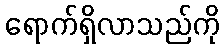
ရောက်ရှိလာသည်ကို